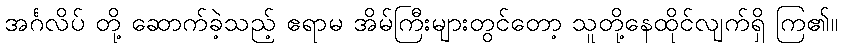
အင်္ဂလိပ် တို့ ဆောက်ခဲ့သည့် ဧရာမ အိမ်ကြီးများတွင်တော့ သူတို့နေထိုင်လျက်ရှိ ကြ၏။